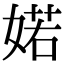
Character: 婼